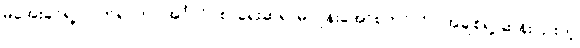
မအေးခင်ရဲ့ လက်ရာဟာ အင်္ဂလိပ်စာရေးဆရာမ ဂျိန်းအော်စတင်လိုပဲ အချစ်ရဲ့ ဆန်းပြားတဲ့